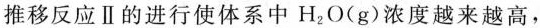
推移反应Ⅱ的进行使体系中H_{2}O(g)浓度越来越高，